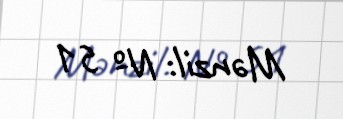
Mənzil: № 51